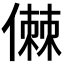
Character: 𠍷